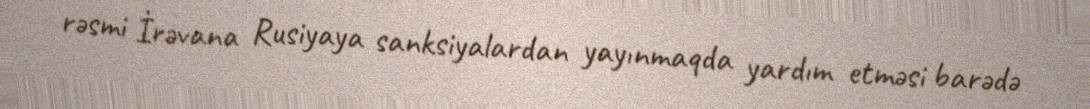
rəsmi İrəvana Rusiyaya sanksiyalardan yayınmaqda yardım etməsi barədə